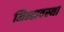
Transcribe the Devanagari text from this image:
निन्द्रावस्था